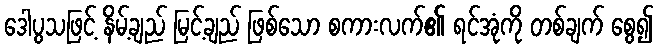
ဒေါပွသဖြင့် နိမ့်ချည် မြင့်ချည် ဖြစ်သော စကားလက်၏ ရင်အုံကို တစ်ချက် စွေ၍